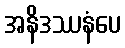
အနိဒဿနံပေ